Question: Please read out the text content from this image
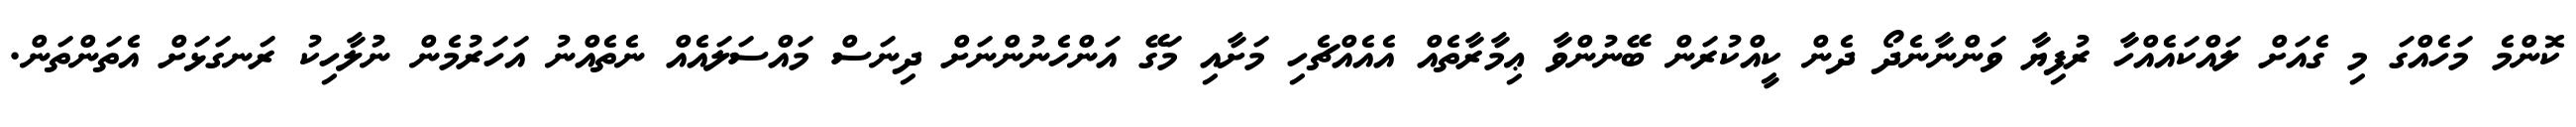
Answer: ކޮންމެ މަހެއްގަ މި ގެއަށް ލައްކައެއްހާ ރުފިޔާ ވަންނާނެދޯ ދެން ކީއްކުރަން ބޭނުންވާ ޢިމާރާތެއް އެއެއްޗެހި މަށާއި މަގޭ އަންހެނުންނަށް ދިނަސް މައްސަލައެއް ނެތެއްނު އަހަރުމެން ނުލާހިކު ރަނގަޅަށް އެތަންތަން.